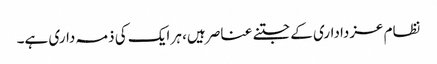
نظام عزداداری کے جتنے عناصر ہیں، ہر ایک کی ذمہ داری ہے۔